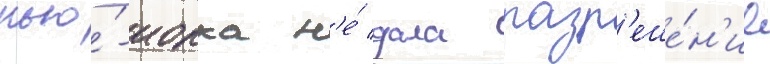
нью́-иорка н'е́ дала разр'еше́н'ие